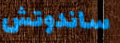
ساندوتش